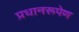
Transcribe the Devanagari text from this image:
प्रधानरूपेण